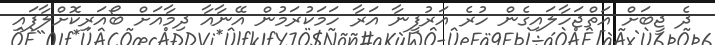
ދެ ޖީބަށް އަތްޖަހާލައިގެން ހުރެ އަރުފީނާ އަރާ ހަމަކުރަމުން އޭނާއާ ދިމާއަށް ބޯއަރިކޮށްލާފައި